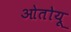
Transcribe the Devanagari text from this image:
ओतोयू